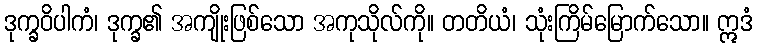
ဒုက္ခဝိပါကံ၊ ဒုက္ခ၏ အကျိုးဖြစ်သော အကုသိုလ်ကို။ တတိယံ၊ သုံးကြိမ်မြောက်သော။ ဣဒံ